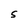
Character: 5